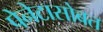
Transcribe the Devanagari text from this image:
पेनेटासोबत